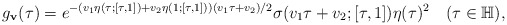
\begin{align*}g_\mathbf{v}(\tau)=e^{-(v_1\eta(\tau;[\tau,1])+v_2\eta(1;[\tau,1]))(v_1\tau+v_2)/2}\sigma(v_1\tau+v_2;[\tau,1])\eta(\tau)^2\quad(\tau\in\mathbb{H}),\end{align*}